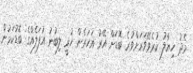
މެދު ހިޔާލު ކުރެވޭވަރަށްވުރެ ބޮޑަށް އޭރު އަހަރެން ހުރީ ލިބުނު އުފަލެއްގެ ބޮޑުކަމުން